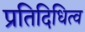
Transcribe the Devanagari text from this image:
प्रतिदिधित्व